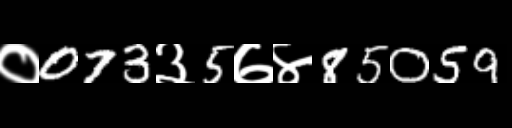
Text: ०073३5७४85059